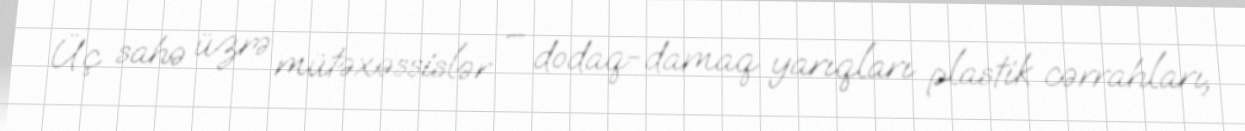
Üç sahə üzrə mütəxəssislər – dodaq-damaq yarıqları plastik cərrahları,